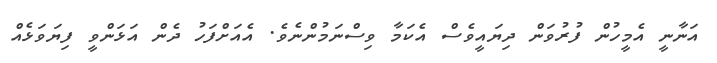
އަނާނީ އެމީހުން ފުރުވަން ދިޔައީވެސް އެކަމާ ވިސްނަމުންނެވެ. އެއަށްފަހު ދެން އަޅަންވީ ފިޔަވަޅެއް